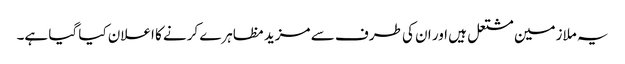
یہ ملازمین مشتعل ہیں اور ان کی طرف سے مزید مظاہرے کرنے کا اعلان کیا گیا ہے۔